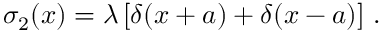
\sigma _ { 2 } ( x ) = \lambda \left[ \delta ( x + a ) + \delta ( x - a ) \right] \, .